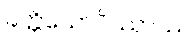
ခတ္တိယောပိဿာဿ